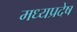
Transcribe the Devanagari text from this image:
मध्यप्रदेष